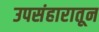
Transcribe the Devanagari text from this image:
उपसंहारातून